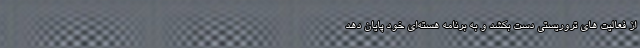
از فعالیت های تروریستی دست بکشد و به برنامه هسته‌ای خود پایان دهد